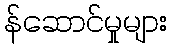
န်ဆောင်မှုများ